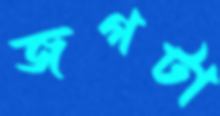
জগটা